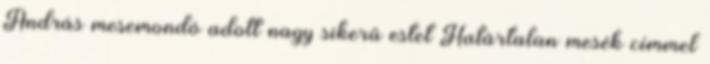
András mesemondó adott nagy sikerű estet Határtalan mesék címmel